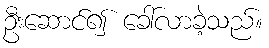
ဦးဆောင်၍ ခေါ်လာခဲ့သည်။